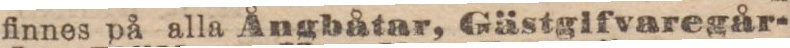
finnes på alla Ångbåtar, Gästgifvaregår-